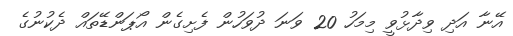
އޭނާ އަދި ވިދާޅުވީ މިމަހު 20 ވަނަ ދުވަހުން ފެށިގެން އޯޕަންޑޭތައް ދެކުނުގެ